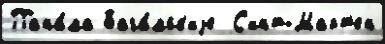
Пана́ма Бага́мск'иjе  С'инт-Март'ен